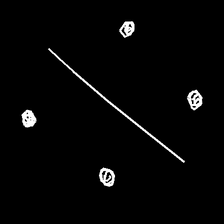
Glyph: cool